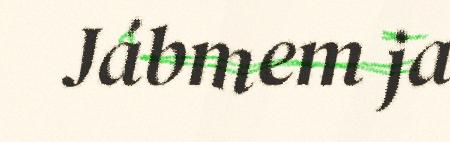
Jábmem ja